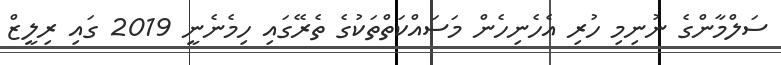
ސަލްމާންގެ ނުނިމި ހުރި އެހެނިހެން މަސައްކަތްތަކުގެ ތެރޭގައި ހިމެނެނީ 2019 ގައި ރިލީޒް